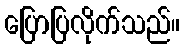
ပြောပြလိုက်သည်။